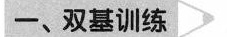
一、双基训练